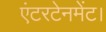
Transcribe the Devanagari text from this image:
एंटरटेनमेंट।